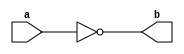
module inverter(a,b);
  input a;
  output b;
  
  assign b = ~a;
endmodule